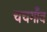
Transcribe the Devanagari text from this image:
चचगाँव